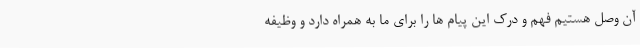
آن وصل هستیم فهم و درک این پیام ها را برای ما به همراه دارد و وظیفه